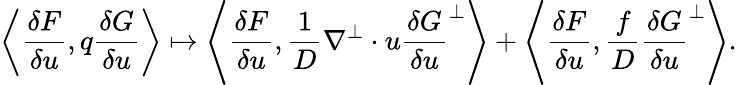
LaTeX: \left\langle\frac{\delta F}{\delta u},q\frac{\delta G}{\delta u}\right\rangle\mapsto\left\langle\frac{\delta F}{\delta u},\frac{1}{D}\nabla^{\perp}\cdot u\frac{\delta G}{\delta u}^{\perp}\right\rangle+\left\langle\frac{\delta F}{\delta u},\frac{f}{D}\frac{\delta G}{\delta u}^{\perp}\right\rangle.